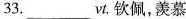
33.___ vt. 钦佩，羡慕